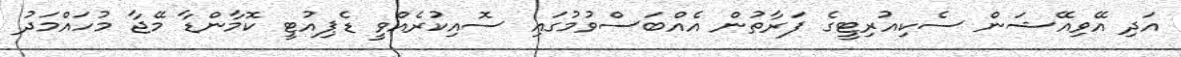
އަދި އޭވިއޭޝަން ސެކިއުރިޓީގެ ފަރާތުން އެއްބަސްވުމުގައި ސޮއިކުރެއްވީ ޑެޕިއުޓީ ކޮމާންޑާ މޭޖާ މުހައްމަދު